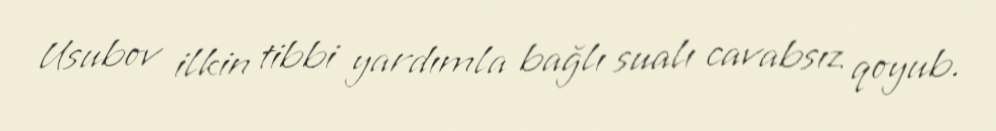
Usubov ilkin tibbi yardımla bağlı sualı cavabsız qoyub.